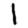
Digit: 1